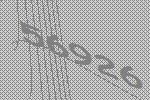
56926